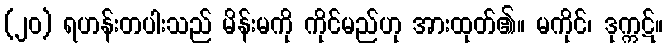
(၂၀) ရဟန်းတပါးသည် မိန်းမကို ကိုင်မည်ဟု အားထုတ်၏။ မကိုင်၊ ဒုက္ကဋ်။